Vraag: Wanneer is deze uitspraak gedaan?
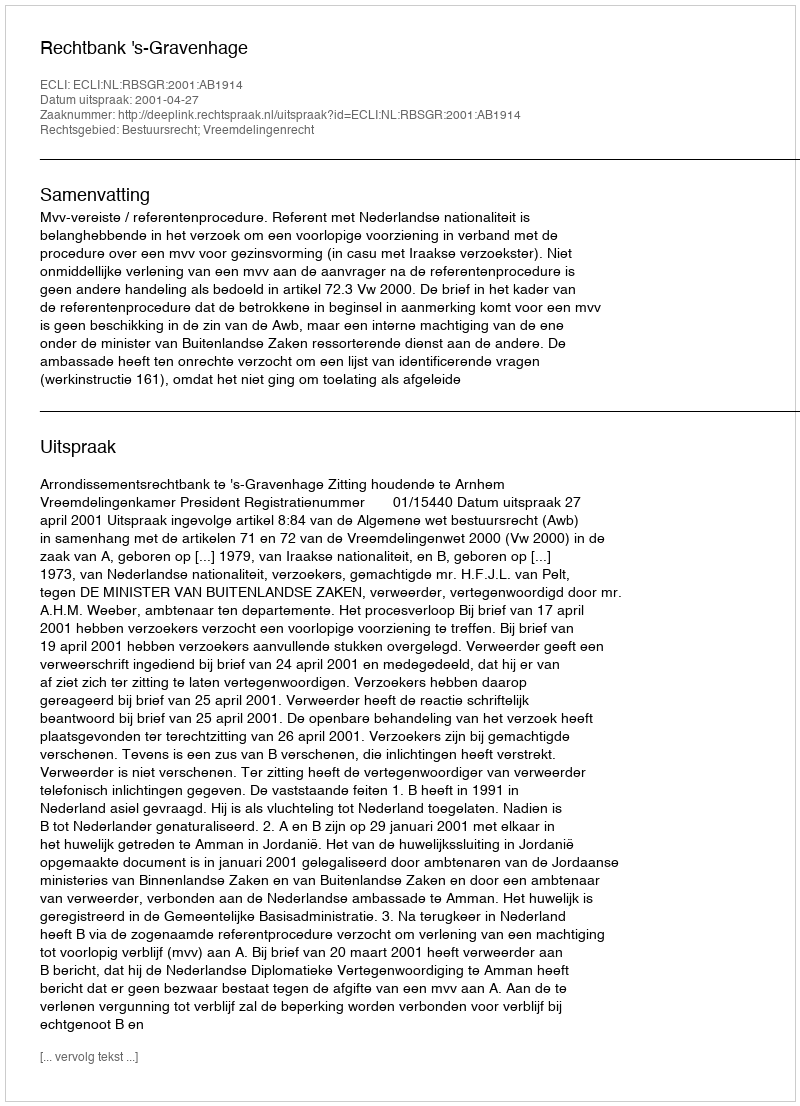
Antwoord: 2001-04-27